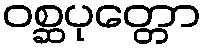
ဝစ္ဆပုတ္တော